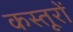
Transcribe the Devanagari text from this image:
कस्तूरों